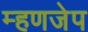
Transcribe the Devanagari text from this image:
म्हणजेप